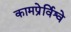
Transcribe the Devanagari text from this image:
कामप्रेर्विश्वे